Report on vaccination North-West Frontier Province 1904-1922 - 1904-1922
Year: 1904
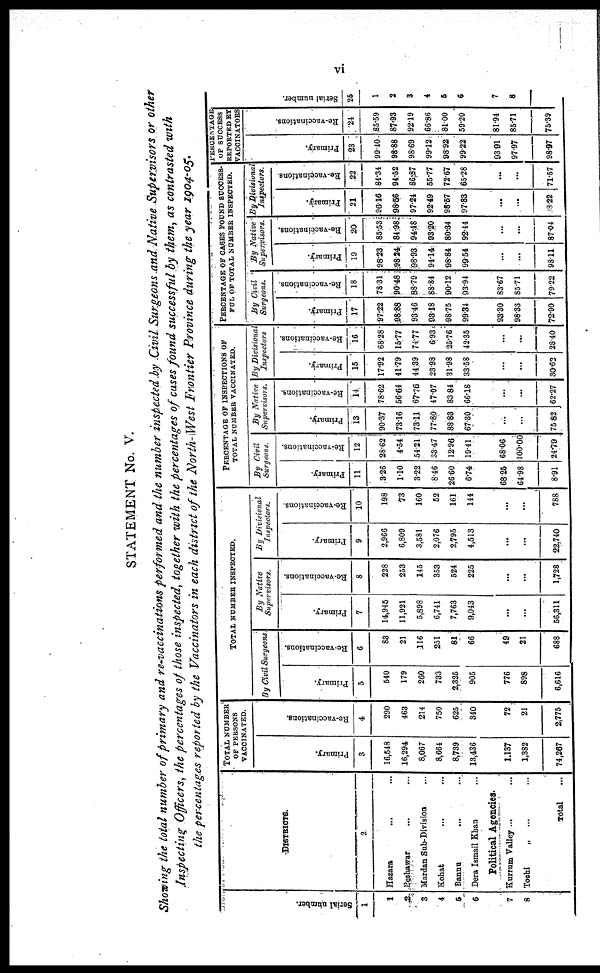
vi
STATEMENT No. V.
Showing the total number of primary and re-vaccinations performed and the number inspected by Civil Surgeons and Native Supervisors or other
Inspecting Officers, the percentages of those inspected, together with the percentages of cases found successful by them, as contrasted with
the percentages reported by the Vaccinators in each district of the North-West Frontier Province during the year 1904-05.
Serial number.
1
1
2
3
4
5
6
7
8
DISTRICTS.
2
Hazara ... ...
Peshawar ... ...
Mardan Sub-Division ...
Kohat ... ...
Bannu ... ...
Dera Ismail Khan ...
Political Agencies.
Kurrum Valley ... ...
Tochi „ ... ...
Total ...
TOTAL NUMBER
OF PERSONS
VACCINATED.
Primary.
3
16,548
16,294
8,067
8,661
8,739
13,436
1,137
1,382
74,267
Re-vaccinations.
4
290
463
214
750
625
340
72
21
2,775
TOTAL NUMBER INSPECTED.
By Civil Surgeons
Primary.
5
540
179
260
733
2,325
905
776
898
6,616
Re-vaccinations.
6
83
21
116
251
61
66
49
21
688
By Native
Supervisors.
Primary.
7
14,945
11,921
5,898
6,741
7,763
9,043
...
...
56,311
Re-vaccinations.
8
228
253
145
353
524
225
...
...
1,728
By Divisional
Inspectors.
Primary.
9
2,966
6,809
3,581
2,076
2,795
4,513
...
...
22,740
Re-vaccinations
10
198
73
160
52
161
144
...
...
788
PERCENTAGE OF INSPECTIONS OF
TOTAL NUMBER VACCINATED.
By
Civil
Surgeons.
Primary.
11
3.26
1.10
3.22
8.46
26.60
6.74
68.25
64.98
8.91
Re-vaccinations.
12
28.62
4.54
54.21
33.47
12.96
19.41
68.06
100.00
24.79
By
Native
Supervisors.
Primary.
13
90.37
73.16
73.11
77.80
88.83
67.30
...
...
75.82
Re-vaccinations.
14
78.62
56.64
67.76
47.07
83.84
66.18
...
...
62.27
By Divisional
Inspectors
Primary.
15
17.92
41.79
44.39
23.98
31.98
33.58
...
...
30.62
Re-vaccinations.
16
68.28
15.77
74.77
6.93
25.76
42.35
...
...
28.40
PERCENTAGE OF CASES FOUND SUCCESS-
FUL OF TOTAL NUMBER INSPECTED.
By
Civil
Surgeons.
Primary.
17
97.22
08.88
93.46
93.18
98.75
99.34
93.30
98.33
72.90
Re-vaccinations.
18
78.31
90.48
88.79
88.84
90.12
93.94
83.67
85.71
79.22
By Native
Supervisors.
Primary.
19
98.23
98.24
98.93
94.14
98.84
99.54
...
...
98.11
Re-vaccinations.
20
85.53
84.98
94.48
93.20
80.34
92.44
...
...
87.04
By Divisional
Instpectors.
Primary.
21
96.16
98.56
97.24
92.49
98.57
97.83
...
...
28.22
Re-vaccinations
22
84.34
94.52
86.87
55.77
72.67
65.28
...
...
71.57
PERCENTAGE
OF SUCCESS
EXPORTED BY
VACCINATORS
Primary.
23
99.40
93.88
98.69
99.12
98.92
99.22
93.91
97.97
98.97
Re-vaccinations.
24
85.59
87.93
92.19
66.86
81.00
59.20
81.94
85.71
75.39
Serial number.
25
1
2
3
4
5
6
7
8